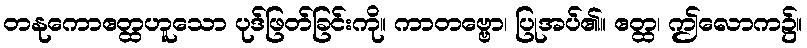
တနုကောဧတ္ထဟူသော ပုဒ်ဖြတ်ခြင်းကို။ ကာတဗ္ဗော၊ ပြုအပ်၏။ ဧတ္ထ၊ ဤလောက၌။